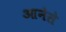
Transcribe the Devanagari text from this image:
आनेसे